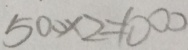
5 0 0 \times 2 = 1 0 0 0